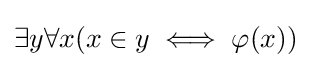
\exists y\forall x(x\in y\iff \varphi (x))